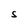
Character: S